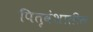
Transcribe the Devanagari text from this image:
पितृवंशातील